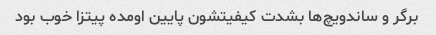
برگر و ساندویچ‌ها بشدت کیفیتشون پایین اومده پیتزا خوب بود